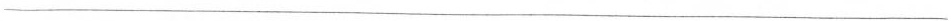
___